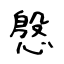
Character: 慇